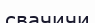
свачичи